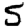
Digit: 5